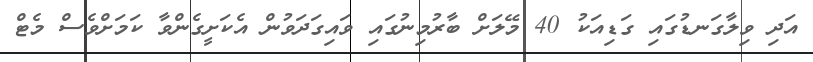
އަދި ވިލާގަނޑުގައި ގަޑިއަކު 40 މޭލަށް ބާރުމިނުގައި ވައިގަދަވުން އެކަށީގެންވާ ކަމަށްވެސް މެޓް